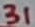
Text: 31